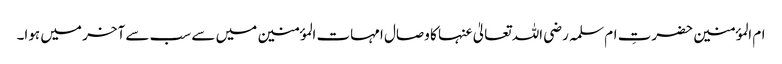
ام المؤمنین حضرتِ ام سلمہ رضی اللہ تعالیٰ عنہا کا وصال امہات المؤمنین میں سے سب سے آخر میں ہوا۔